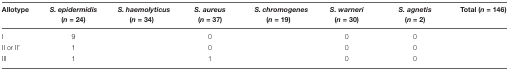
<table><thead><tr><td><b>Allotype</b></td><td><b><i>S. epidermidis</i> (<i>n</i> = 24)</b></td><td><b><i>S. haemolyticus</i> (<i>n</i> = 34)</b></td><td><b><i>S. aureus</i> (<i>n</i> = 37)</b></td><td><b><i>S. chromogenes</i> (<i>n</i> = 19)</b></td><td><b><i>S. warneri</i> (<i>n</i> = 30)</b></td><td><b><i>S. agnetis</i> (<i>n</i> = 2)</b></td><td><b>Total (<i>n</i> = 146)</b></td></tr></thead><tbody><tr><td>I</td><td>9</td><td>[EMPTY_CELL]</td><td>0</td><td>[EMPTY_CELL]</td><td>0</td><td>0</td><td>[EMPTY_CELL]</td></tr><tr><td>II or II’</td><td>1</td><td>[EMPTY_CELL]</td><td>0</td><td>[EMPTY_CELL]</td><td>0</td><td>0</td><td>[EMPTY_CELL]</td></tr><tr><td>III</td><td>1</td><td>[EMPTY_CELL]</td><td>1</td><td>[EMPTY_CELL]</td><td>0</td><td>0</td><td>[EMPTY_CELL]</td></tr></tbody></table>